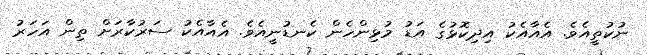
ނުކުތީއެވެ. އެއާއެކު އިދިކޮޅުގެ އަޑު މުޅިންހެން ކެނޑުނީއެވެ. އެއާއެެކު ސަރުކާރަށް ތިން އަހަރު